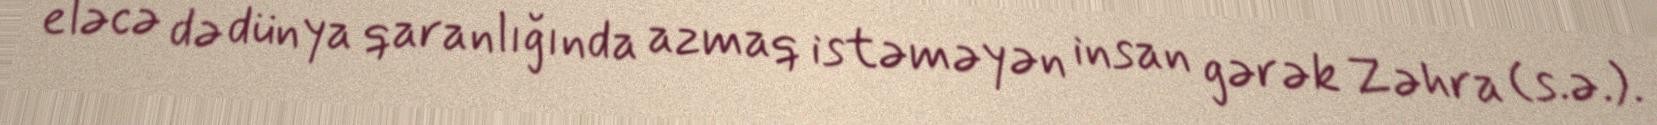
eləcə də dünya qaranlığında azmaq istəməyən insan gərək Zəhra (s.ə.).